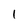
Character: l